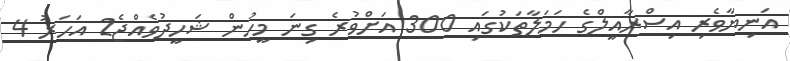
އަނިޔާވެރި އިސްރާއީލްގެ ހަމަލާތަކުގައި 300 އަށްވުރެ ގިނަ މީހުން ޝަހީދުވެއްޖެ2 އަހަރު 4